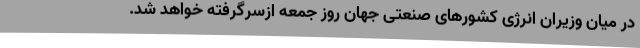
در میان وزیران انرژی کشورهای صنعتی جهان روز جمعه ازسرگرفته خواهد شد.